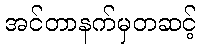
အင်တာနက်မှတဆင့်